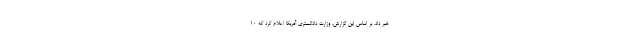
خبر داد. بر اساس این گزارش، وزارت دادگستری آمریکا اعلام کرد که ۱۰